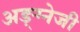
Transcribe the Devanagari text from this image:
अङ्ग्नेजी